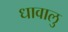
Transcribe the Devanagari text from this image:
धावालु